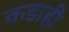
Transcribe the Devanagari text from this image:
कडाही